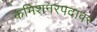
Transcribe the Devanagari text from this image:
कमिशनरपदावर